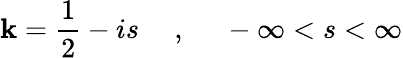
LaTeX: \mathbf{k}=\frac{{1}}{{2}}-is~~~~~,~~~~~-\infty<s<\infty